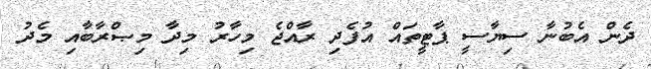
ދެން އެބުނާ ސިޔާސީ ޕާޓީތައް އުފެދި ރާއްޖެ މިހާރު މިދާ މިޞްރާބާއި މެދު